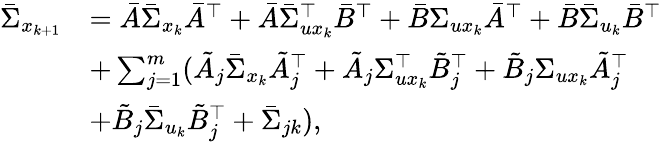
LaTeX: \begin{array}{rl}{\bar{\Sigma}_{x_{k+1}}}&{=\bar{A}\bar{\Sigma}_{x_{k}}\bar{A}^{\top}+\bar{A}\bar{\Sigma}_{ux_{k}}^{\top}\bar{B}^{\top}+\bar{B}\Sigma_{ux_{k}}\bar{A}^{\top}+\bar{B}\bar{\Sigma}_{u_{k}}\bar{B}^{\top}}\\ &{+\sum_{j=1}^{m}(\tilde{A}_{j}\bar{\Sigma}_{x_{k}}\tilde{A}_{j}^{\top}+\tilde{A}_{j}\Sigma_{ux_{k}}^{\top}\tilde{B}_{j}^{\top}+\tilde{B}_{j}\Sigma_{ux_{k}}\tilde{A}_{j}^{\top}}\\ &{+\tilde{B}_{j}\bar{\Sigma}_{u_{k}}\tilde{B}_{j}^{\top}+\bar{\Sigma}_{jk}),}\end{array}